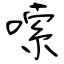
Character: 嗦